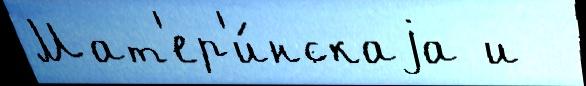
Мат'ер'и́нскаjа и